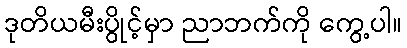
ဒုတိယမီးပွိုင့်မှာ ညာဘက်ကို ကွေ့ပါ။